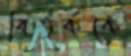
বিতর্ককে